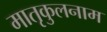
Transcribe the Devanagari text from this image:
मातृकुलनाम